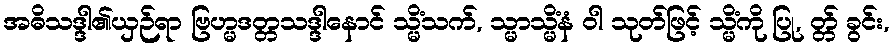
အဓိသဒ္ဒါ၏ယှဉ်ရာ ဗြဟ္မဒတ္တသဒ္ဒါနောင် သ္မိံသက်, သ္မာသ္မိံနံ ဝါ သုတ်ဖြင့် သ္မိံကို ပြု, တ္တ် ခွင်း,